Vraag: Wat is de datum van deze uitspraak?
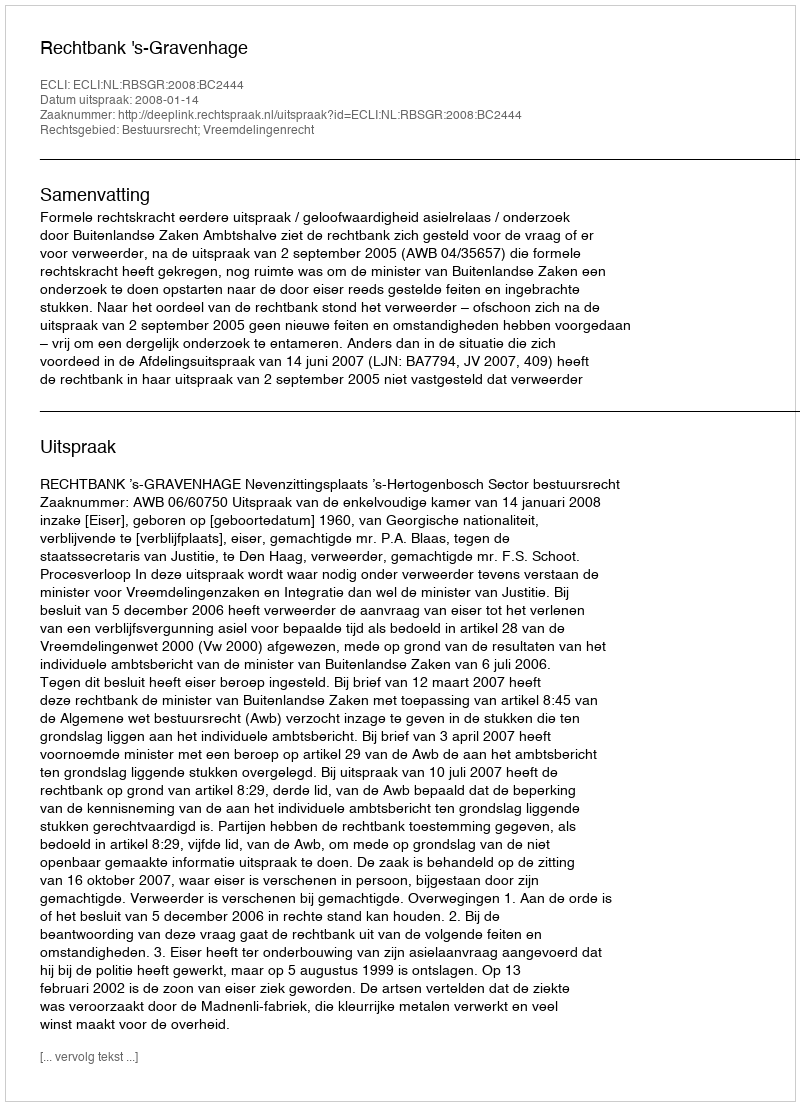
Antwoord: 2008-01-14